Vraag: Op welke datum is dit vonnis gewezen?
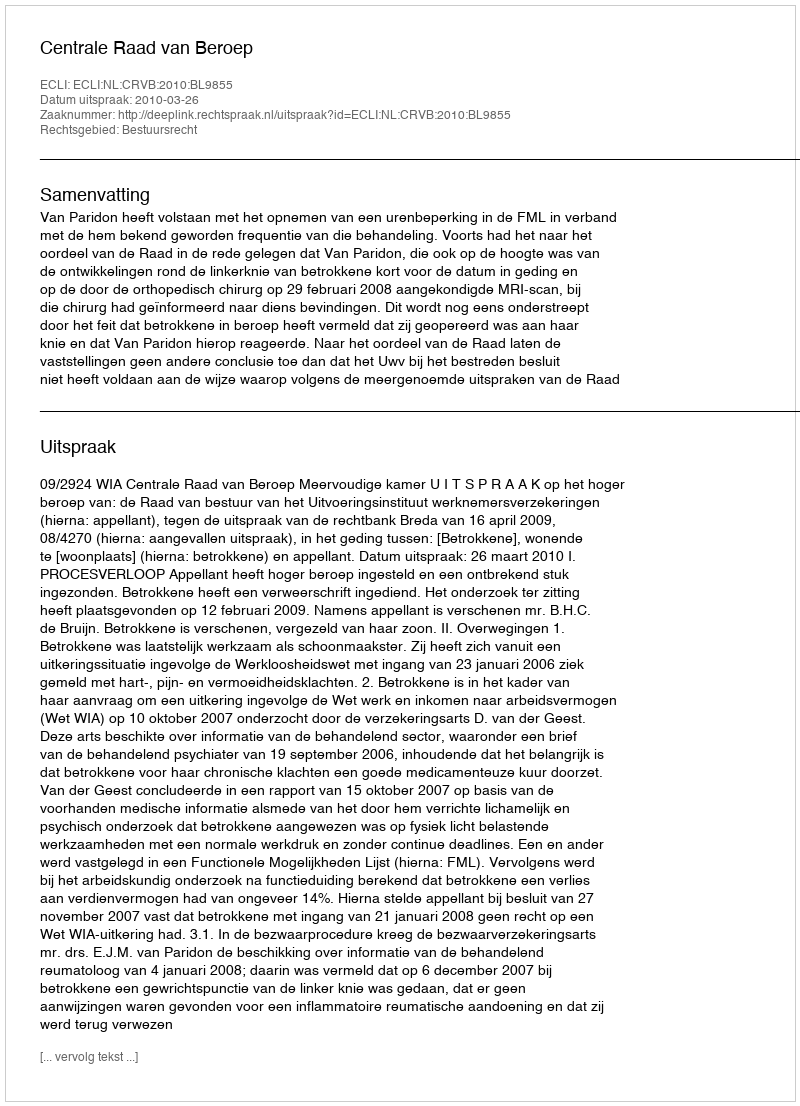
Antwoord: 2010-03-26